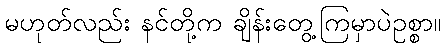
မဟုတ်လည်း နင်တို့က ချိန်းတွေ့ကြမှာပဲဥစ္စာ။